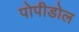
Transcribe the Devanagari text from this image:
पोपीडोल